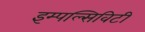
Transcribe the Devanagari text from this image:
इम्पल्सिविटी